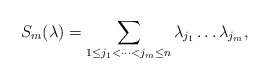
\begin{align*} S_m(\lambda)=\sum\limits_{1\leq j_1<\cdots<j_m\leq n}\lambda_{j_1}\dots\lambda_{j_m},\end{align*}